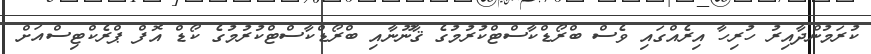
ކުރަމުންދާއިރު ހުރިހާ އިރެއްގައި ވެސް ބްރޯޑްކާސްޓްކުރުމުގެ ޤާނޫނާއި ބްރޯޑްކާސްޓްކުރުމުގެ ކޯޑް އޮފް ޕްރެކްޓިސްއަށް